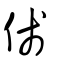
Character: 俴